Report of an investigation of the epidemic of malarial fever in Assam, or, kala-azar
Disease focus: Malaria
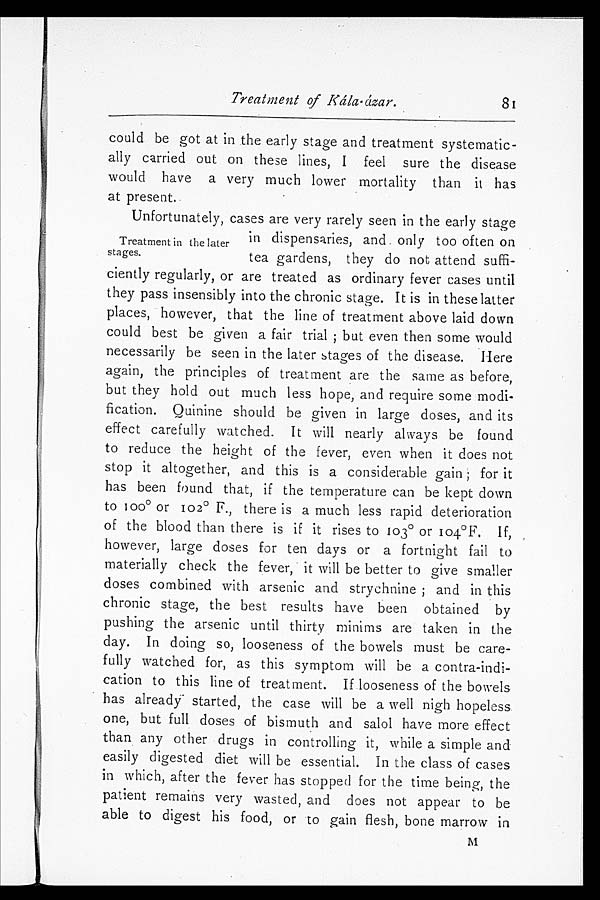
Treatment of Kála-ázar.
could be got at in the early stage and treatment systematic
- a l l y c a r r i e d o u t o n t h e s e l i n e s , I f e e l s u r e t h e d i s e a s e
would have a very much lower mortality than it has
at present.
Treatment in the later
stages.
Unfortunately, cases are very rarely seen in the early stage
in dispensaries, and only too often on
tea gardens, they do not attend suffi
-ciently regularly, or are treated as ordinary fever cases until
they pass insensibly into the chronic stage. It is in these latter
places, however, that the line of treatment above laid down
could best be given a fair trial; but even then some would
necessarily be seen in the later stages of the disease. Here
again, the principles of treatment are the same as before,
but they hold out much less hope, and require some modi
-fication. Quinine should be given in large doses, and its
effect carefully watched. It will nearly always be found
to reduce the height of the fever, even when it does not
stop it altogether, and this is a considerable gain; for it
has been found that, if the temperature can be kept down
to 100° or 102° F., there is a much less rapid deterioration
of the blood than there is if it rises to 103° or 104°F. If,
however, large doses for ten days or a fortnight fail to
materially check the fever, it will be better to give smaller
doses combined with arsenic and strychnine; and in this
chronic stage, the best results have been obtained by
pushing the arsenic until thirty minims are taken in the
day. In doing so, looseness of the bowels must be care
-fully watched for, as this symptom will be a contra-indi
-cation to this line of treatment. If looseness of the bowels
has already started, the case will be a well nigh hopeless
one, but full doses of bismuth and salol have more effect
than any other drugs in controlling it, while a simple and
easily digested diet will be essential. In the class of cases
in which, after the fever has stopped for the time being, the
patient remains very wasted, and does not appear to be
able to digest his food, or to gain flesh, bone marrow in
M